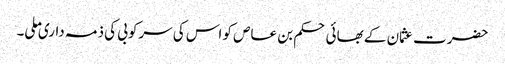
حضرت عثمان کے بھائی حکم بن عاص کو اس کی سرکوبی کی ذمہ داری ملی۔